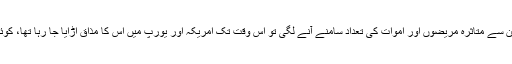
ووہان میں جب وائرس کی موجودگی کا پتہ چلا اور انفیکشن سے متاثرہ مریضوں اور اموات کی تعداد سامنے آنے لگی تو اُس وقت تک امریکہ اور یورپ میں اس کا مذاق اڑایا جا رہا تھا، کوئی بھی ملک وائرس پر سنجیدہ اظہارِ خیال نہیں کر رہا تھا۔